Medical and sanitary report of the native army of Bengal for the year
Year: 1875
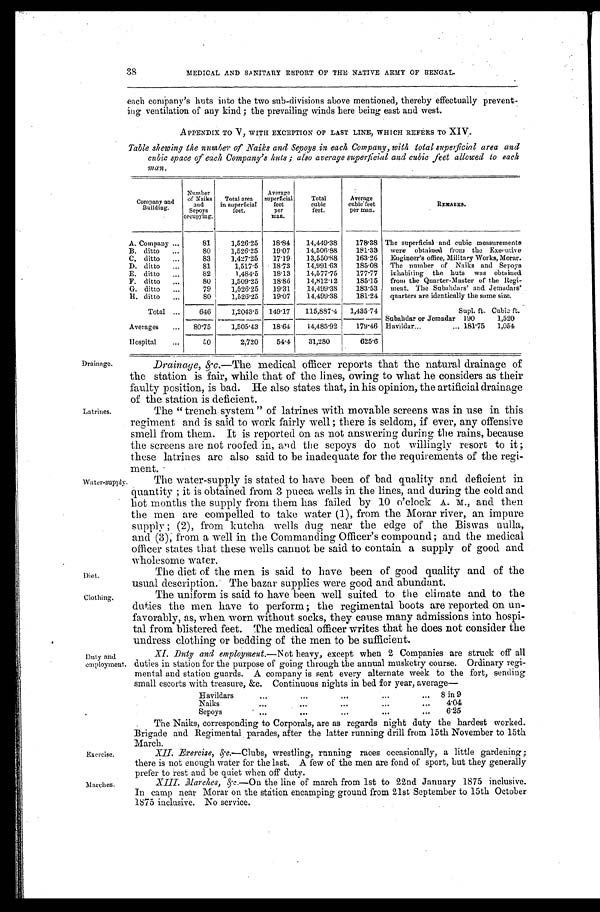
38
MEDICAL AND SANITARY REPORT OF THE NATIVE ARMY OF BENGAL.
each company's huts into the two sub-divisions above mentioned, thereby effectually prevent
-
ing ventilation of any kind; the prevailing winds here being east and west.
APPENDIX TO V, WITH EXCEPTION OF LAST LINE, WHICH REFERS TO XIV.
Table shewing the number of Naiks and Sepoys in each Company, with total superficial area and
cubic space of each Company's huts; also average superficial and cubic feet allowed to each
m a n .
Company and
Building.
Number
of Naiks
and
Sepoys
occupying.
Total area
in superficial
f e e t .
Average
superficial
feet
per
man.
Total
cubic
feet.
Average
cubic feet
per man.
REMARKS.
A. Company . . .
81
1,526.25
18.84
14,449.38
178.38 The superficial and cubic measurements
were obtained from the Executive
Engineer's office, Military Works, Morar.
The number of Naiks and Sepoys
inhabiting the huts was obtained
from the Quarter-Master of the Regi-
ment. The Subahdars' and Jemadars'
quarters are identically the same size.
B. ditto . . .
80
1,526.25
19.07
14,506.88
181.33
C. ditto . . .
83
1,427.25
17.19
13,550.88
163.26
D. ditto . . .
81
1,517.5
18.73
14,991.63
185.08
E. d i t t o . . .
82
1,484.5
18.13
14,577.75
177.77
F. ditto . . .
80
1,509.25
18.86
14,812.12
185.15
G. ditto . . .
79
1,526.25
19.31
14,499.38
183.53
H. ditto . . .
80
1,526.25
19.07
14,499.38
181.24
Total . . .
646
1,2043.5 149.17
115,887.4
1,435.74
Supl. ft. Cubic ft.
Subandar or Jemadar
1,520
190
Averages . . .
80.75
1,505.43
18.64
14,485.92
179.46
181.75
1,054
Havildar . . .
Hospital . . .
5 0
2,720
54.4
31,280
625.6
Drainage.
Latrines.
Drainage, &c.—T h e
m e d i c a l o f f i c e r r e p o r t s t h a t t h e n a t u r a l d r a i n a g e o f
the station is fair, while that of the lines, owing to what he considers as their
faulty position, is bad. He also states that, in his opinion, the artificial drainage
of the station is deficient.
The "trench system" of latrines with movable screens was in use in this
regiment and is said to work fairly well; there is seldom, if ever, any offensive
smell from them. It is reported on as not answering during the rains, because
the screens are not roofed in, and the sepoys do not willingly resort to it;
these latrines are also said to be inadequate for the requirements of the regi
-
ment.
Water-supply
Diet.
Clothing.
Duty and
employment.
Exercise.
The water-supply is stated to have been of bad quality and deficient
in quantity; it is obtained from 3 pucca wells in the lines, and during the cold and
hot months the supply from them has failed by 10 o'clock A. M., and then
the men are compelled to take water (1), from the Morar river, an impure
supply; (2), from kutcha wells dug near the edge of the Biswas nulla,
and (3), from a well in the Commanding Officer's compound; and the medical
officer states that these wells cannot be said to contain a supply of good and
wholesome water.
The diet of the men is said to have been of good quality and of the
usual description. The bazar supplies were good and abundant.
The uniform is said to have been well suited to the climate and to the
duties the men have to perform; the regimental boots are reported on un
-
favorably, as, when worn without socks, they cause many admissions into hospi
-
tal from blistered feet. The medical officer writes that he does not consider the
undress clothing or bedding of the men to be sufficient.
XI. Duty and employment.— Not heavy, except when 2 Companies are struck off all
duties in station for the purpose of going through the annual musketry course. Ordinary regi
-
mental and station guards. A company is sent every alternate week to the fort, sending
small escorts with treasure. &c. Continuous nights in bed for year, average—
Havildars
. . .
8 in 9
Naiks
.
.
.
4.04
Sepoys . . .
6.25
The Naiks, corresponding to Corporals, are as regards night duty the hardest worked.
Bri gade and Regi ment al , parades, aft er t he l at t er runni ng dri l l from 15t h November t o 15t h
March.
XII. Exercise, &c.— Clubs, wrestling, running races occasionally, a little gardening;
there is not enough water for the last. A few of the men are fond of sport, but they generally
prefer to rest and be a quiet when off duty.
Marches.
XIII. Marches, &c.—On the line of march from 1st to 22nd January 1875 inclusive.
In camp near Morar on the station encamping ground from 21st September to 15th October
1875 inclusive. No service.